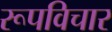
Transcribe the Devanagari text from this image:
रूपविचार